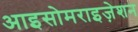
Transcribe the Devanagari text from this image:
आइसोमराइज़ेशन